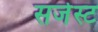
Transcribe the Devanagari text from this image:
सजेस्ट